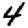
Digit: 4